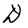
Character: D